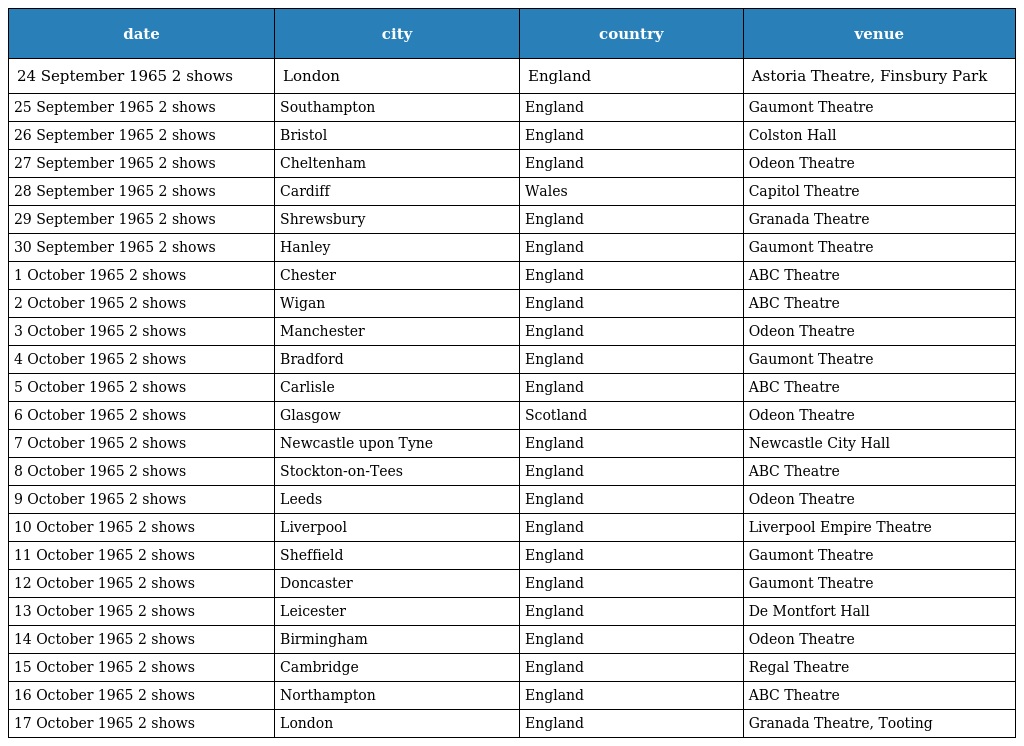
| date | city | country | venue |
 | --- | --- | --- | --- |
 | 24 September 1965 2 shows | London | England | Astoria Theatre, Finsbury Park |
 | 25 September 1965 2 shows | Southampton | England | Gaumont Theatre |
 | 26 September 1965 2 shows | Bristol | England | Colston Hall |
 | 27 September 1965 2 shows | Cheltenham | England | Odeon Theatre |
 | 28 September 1965 2 shows | Cardiff | Wales | Capitol Theatre |
 | 29 September 1965 2 shows | Shrewsbury | England | Granada Theatre |
 | 30 September 1965 2 shows | Hanley | England | Gaumont Theatre |
 | 1 October 1965 2 shows | Chester | England | ABC Theatre |
 | 2 October 1965 2 shows | Wigan | England | ABC Theatre |
 | 3 October 1965 2 shows | Manchester | England | Odeon Theatre |
 | 4 October 1965 2 shows | Bradford | England | Gaumont Theatre |
 | 5 October 1965 2 shows | Carlisle | England | ABC Theatre |
 | 6 October 1965 2 shows | Glasgow | Scotland | Odeon Theatre |
 | 7 October 1965 2 shows | Newcastle upon Tyne | England | Newcastle City Hall |
 | 8 October 1965 2 shows | Stockton-on-Tees | England | ABC Theatre |
 | 9 October 1965 2 shows | Leeds | England | Odeon Theatre |
 | 10 October 1965 2 shows | Liverpool | England | Liverpool Empire Theatre |
 | 11 October 1965 2 shows | Sheffield | England | Gaumont Theatre |
 | 12 October 1965 2 shows | Doncaster | England | Gaumont Theatre |
 | 13 October 1965 2 shows | Leicester | England | De Montfort Hall |
 | 14 October 1965 2 shows | Birmingham | England | Odeon Theatre |
 | 15 October 1965 2 shows | Cambridge | England | Regal Theatre |
 | 16 October 1965 2 shows | Northampton | England | ABC Theatre |
 | 17 October 1965 2 shows | London | England | Granada Theatre, Tooting |